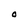
Character: O